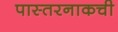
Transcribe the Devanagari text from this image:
पास्तरनाकची